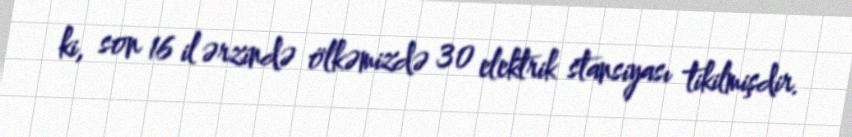
ki, son 16 il ərzində ölkəmizdə 30 elektrik stansiyası tikilmişdir.